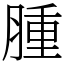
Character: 腫